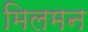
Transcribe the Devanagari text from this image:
मिलमन